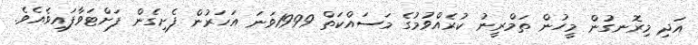
އަދި މިރޮނގުން މީހުން ތަމްރީނު ކުރެއްވުމުގެ މަސައްކަތް 1999ވަނަ އަހަރުން ފެށިގެން ފަށްޓަވާފައިވެއެވެ.